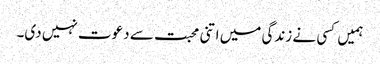
ہمیں کسی نے زندگی میں اتنی محبت سے دعوت نہیں دی۔